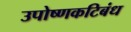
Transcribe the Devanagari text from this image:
उपोष्णकटिबंध